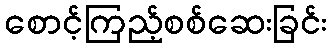
စောင့်ကြည့်စစ်ဆေးခြင်း